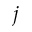
j